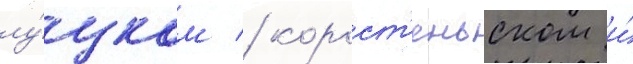
лу́цком / корост'еньском и́